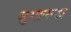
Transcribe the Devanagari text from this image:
शुभानन्दा